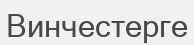
Винчестерге